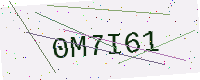
Text: 0M7I61